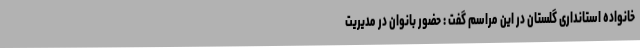
خانواده استانداری گلستان در این مراسم گفت : حضور بانوان در مدیریت